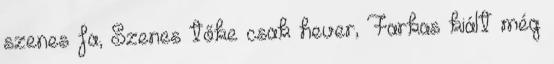
szenes fa, Szenes tőke csak hever, Farkas kiált még